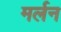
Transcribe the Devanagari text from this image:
मर्लन